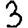
Digit: 3